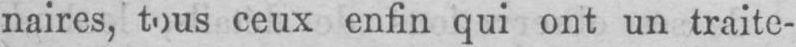
ceux enfin qui ont un traite-